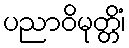
ပညာဝိမုတ္တိံ၊